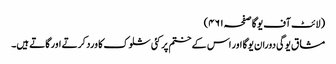
(لائٹ آف یوگا صفحہ ۴۶۱)
مشاق یوگی دوران یوگا اور اس کے ختم پر کئی شلوک کا ورد کرتے اور گاتے ہیں۔